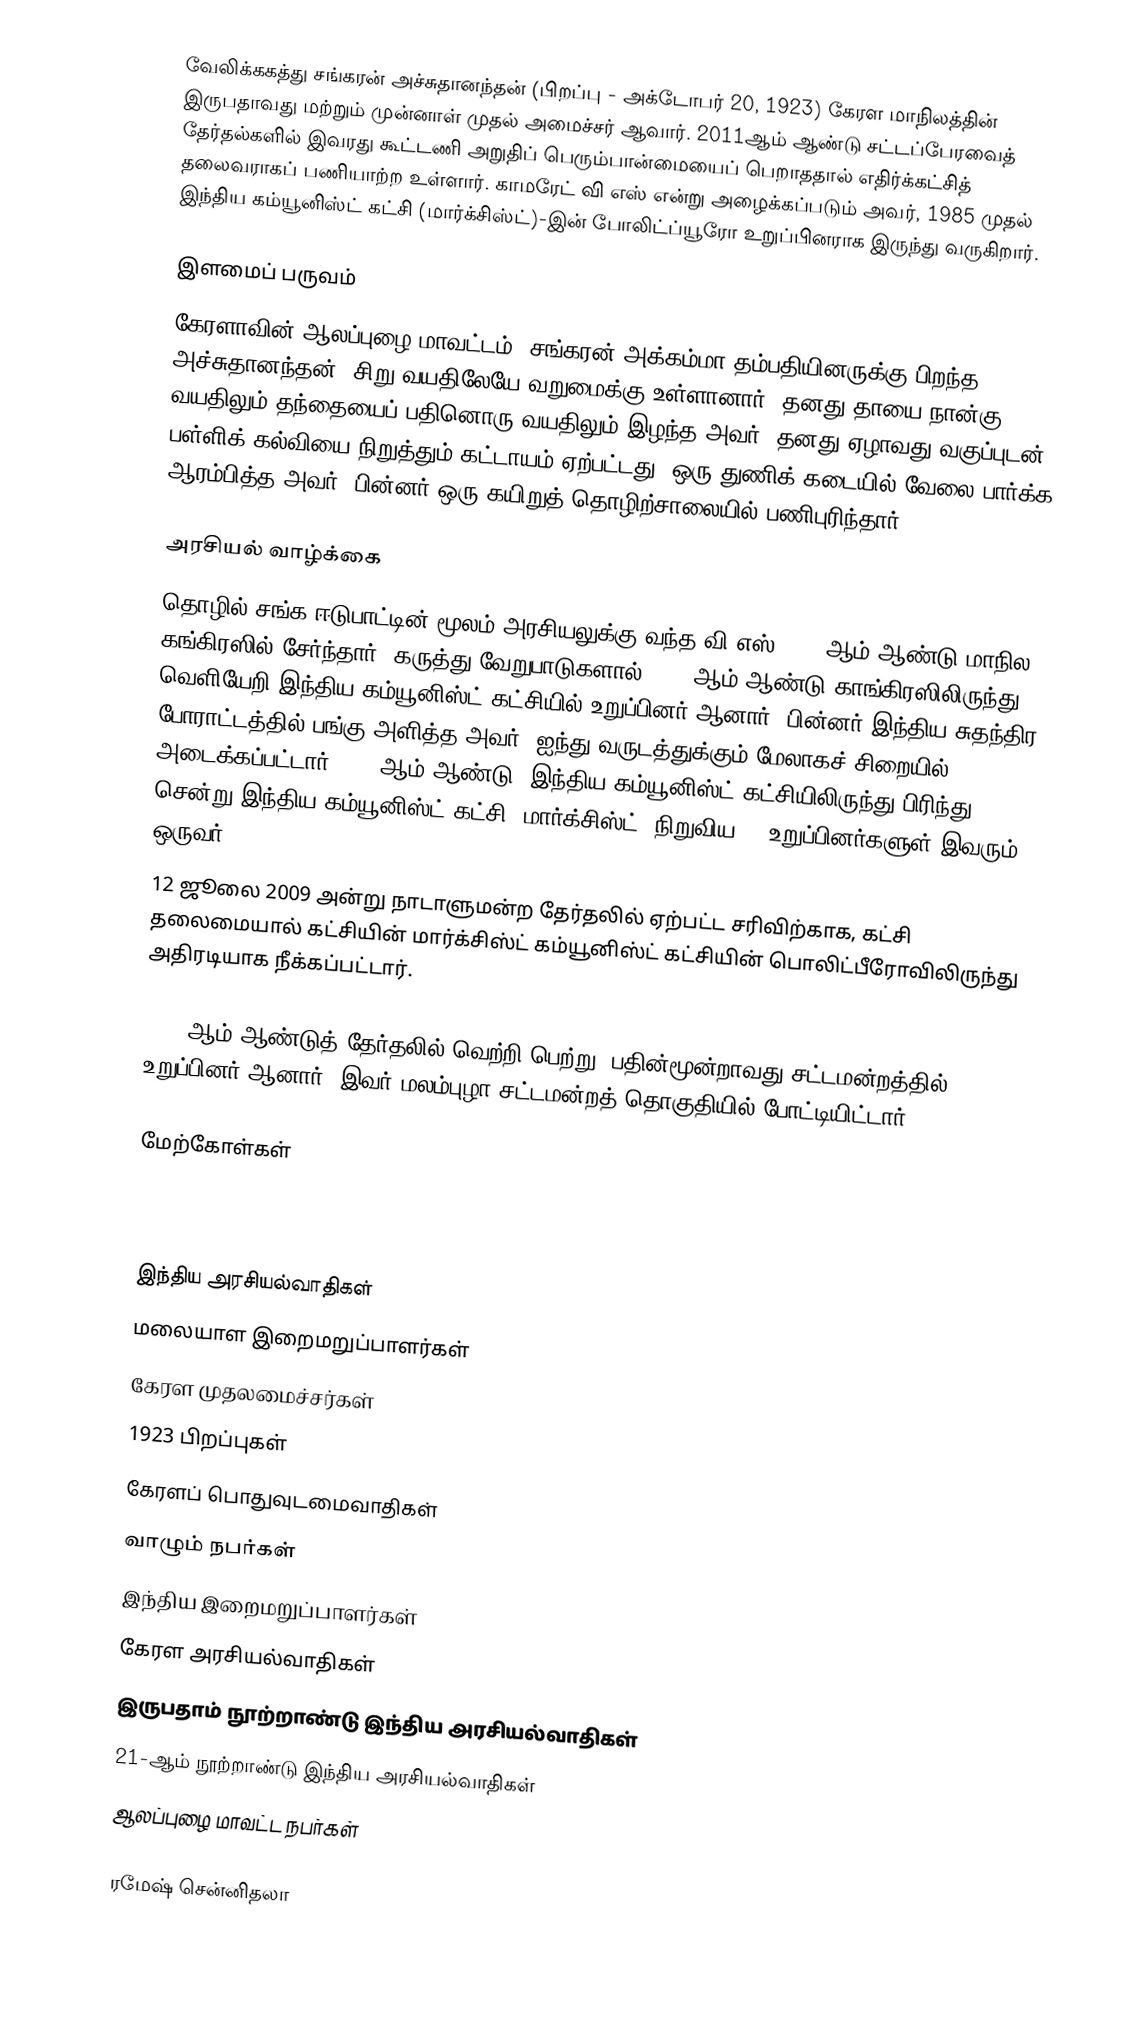
வேலிக்ககத்து சங்கரன் அச்சுதானந்தன் (பிறப்பு - அக்டோபர் 20, 1923) கேரள மாநிலத்தின் இருபதாவது மற்றும் முன்னாள் முதல் அமைச்சர் ஆவார். 2011ஆம் ஆண்டு சட்டப்பேரவைத் தேர்தல்களில் இவரது கூட்டணி அறுதிப் பெரும்பான்மையைப் பெறாததால் எதிர்க்கட்சித் தலைவராகப் பணியாற்ற உள்ளார். காமரேட் வி எஸ் என்று அழைக்கப்படும் அவர், 1985 முதல் இந்திய கம்யூனிஸ்ட் கட்சி (மார்க்சிஸ்ட்)-இன் போலிட்ப்யூரோ உறுப்பினராக இருந்து வருகிறார்.

இளமைப் பருவம்
கேரளாவின் ஆலப்புழை மாவட்டம், சங்கரன் அக்கம்மா தம்பதியினருக்கு பிறந்த அச்சுதானந்தன், சிறு வயதிலேயே வறுமைக்கு உள்ளானார். தனது தாயை நான்கு வயதிலும் தந்தையைப் பதினொரு வயதிலும் இழந்த அவர், தனது ஏழாவது வகுப்புடன் பள்ளிக் கல்வியை நிறுத்தும் கட்டாயம் ஏற்பட்டது. ஒரு துணிக் கடையில் வேலை பார்க்க ஆரம்பித்த அவர், பின்னர் ஒரு கயிறுத் தொழிற்சாலையில் பணிபுரிந்தார்.

அரசியல் வாழ்க்கை
தொழில் சங்க ஈடுபாட்டின் மூலம் அரசியலுக்கு வந்த வி.எஸ், 1938ஆம் ஆண்டு மாநில கங்கிரஸில் சேர்ந்தார். கருத்து வேறுபாடுகளால், 1940ஆம் ஆண்டு காங்கிரஸிலிருந்து வெளியேறி இந்திய கம்யூனிஸ்ட் கட்சியில் உறுப்பினர் ஆனார். பின்னர் இந்திய சுதந்திர போராட்டத்தில் பங்கு அளித்த அவர், ஐந்து வருடத்துக்கும் மேலாகச் சிறையில் அடைக்கப்பட்டார். 1964ஆம் ஆண்டு, இந்திய கம்யூனிஸ்ட் கட்சியிலிருந்து பிரிந்து சென்று இந்திய கம்யூனிஸ்ட் கட்சி (மார்க்சிஸ்ட்) நிறுவிய 32 உறுப்பினர்களுள் இவரும் ஒருவர்.
12 ஜூலை 2009 அன்று நாடாளுமன்ற தேர்தலில் ஏற்பட்ட சரிவிற்காக, கட்சி தலைமையால் கட்சியின் மார்க்சிஸ்ட் கம்யூனிஸ்ட் கட்சியின் பொலிட்பீரோவிலிருந்து அதிரடியாக நீக்கப்பட்டார்.

2011-ஆம் ஆண்டுத் தேர்தலில் வெற்றி பெற்று, பதின்மூன்றாவது சட்டமன்றத்தில் உறுப்பினர் ஆனார். இவர் மலம்புழா சட்டமன்றத் தொகுதியில் போட்டியிட்டார்.

மேற்கோள்கள்

இந்திய அரசியல்வாதிகள்
மலையாள இறைமறுப்பாளர்கள்
கேரள முதலமைச்சர்கள்
1923 பிறப்புகள்
கேரளப் பொதுவுடமைவாதிகள்
வாழும் நபர்கள்
இந்திய இறைமறுப்பாளர்கள்
கேரள அரசியல்வாதிகள்
இருபதாம் நூற்றாண்டு இந்திய அரசியல்வாதிகள்
21-ஆம் நூற்றாண்டு இந்திய அரசியல்வாதிகள்
ஆலப்புழை மாவட்ட நபர்கள்

ரமேஷ் சென்னிதலா